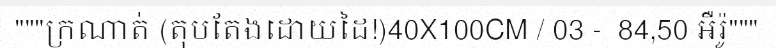
"""ក្រណាត់ (តុបតែងដោយដៃ!)40X100CM / 03 -  84,50 អឺរ៉ូ"""